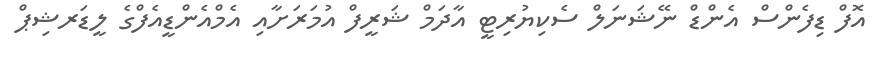
އޮފް ޑިފެންސް އެންޑް ނޭޝަނަލް ސެކިޔުރިޓީ އާދަމް ޝަރީފް އުމަރަށާއި އެމްއެންޑީއެފްގެ ލީޑަރޝިޕް